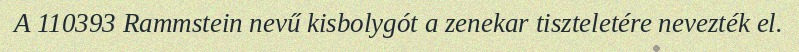
A 110393 Rammstein nevű kisbolygót a zenekar tiszteletére nevezték el.